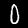
Digit: 0